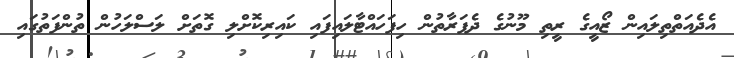
އެދެއަތްތިލައިން ޒޯއީގެ ރީތި މޫނުގެ ދެފަރާތުން ހިފަހައްޓާލައިފައި ކައިރިކޮށްލި ގޮތަށް ލަސްލަހުން ތުންފަތުގައި